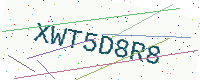
Text: XWT5D8R8